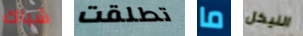
شباك تطلقت ما النيكل